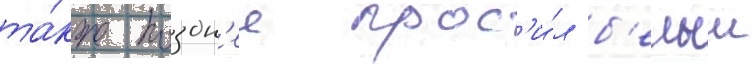
та́кже поздн'ее прос'и́л б'елыи